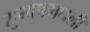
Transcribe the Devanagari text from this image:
सुभाषमधली